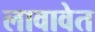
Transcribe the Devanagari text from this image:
लावावेत